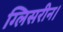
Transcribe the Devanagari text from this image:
ग्लिसरीन।